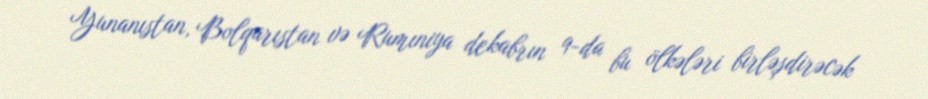
Yunanıstan, Bolqarıstan və Rumıniya dekabrın 9-da bu ölkələri birləşdirəcək